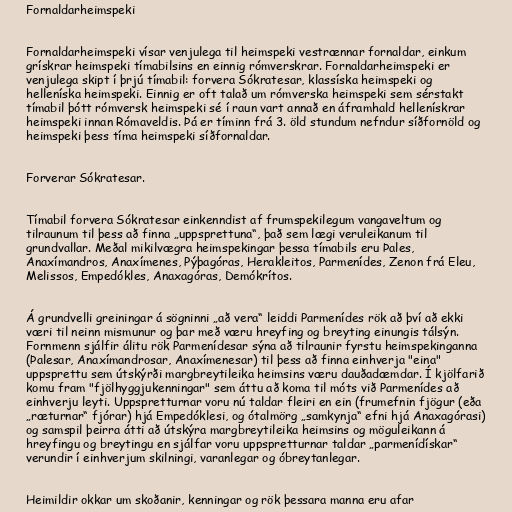
Fornaldarheimspeki

Fornaldarheimspeki vísar venjulega til heimspeki vestrænnar fornaldar, einkum
grískrar heimspeki tímabilsins en einnig rómverskrar. Fornaldarheimspeki er
venjulega skipt í þrjú tímabil: forvera Sókratesar, klassíska heimspeki og
helleníska heimspeki. Einnig er oft talað um rómverska heimspeki sem sérstakt
tímabil þótt rómversk heimspeki sé í raun vart annað en áframhald hellenískrar
heimspeki innan Rómaveldis. Þá er tíminn frá 3. öld stundum nefndur síðfornöld og
heimspeki þess tíma heimspeki síðfornaldar.

Forverar Sókratesar.

Tímabil forvera Sókratesar einkenndist af frumspekilegum vangaveltum og
tilraunum til þess að finna „uppsprettuna“, það sem lægi veruleikanum til
grundvallar. Meðal mikilvægra heimspekingar þessa tímabils eru Þales,
Anaxímandros, Anaxímenes, Pýþagóras, Herakleitos, Parmenídes, Zenon frá Eleu,
Melissos, Empedókles, Anaxagóras, Demókrítos.

Á grundvelli greiningar á sögninni „að vera“ leiddi Parmenídes rök að því að ekki
væri til neinn mismunur og þar með væru hreyfing og breyting einungis tálsýn.
Fornmenn sjálfir álitu rök Parmenídesar sýna að tilraunir fyrstu heimspekinganna
(Þalesar, Anaxímandrosar, Anaxímenesar) til þess að finna einhverja "eina"
uppsprettu sem útskýrði margbreytileika heimsins væru dauðadæmdar. Í kjölfarið
komu fram "fjölhyggjukenningar" sem áttu að koma til móts við Parmenídes að
einhverju leyti. Uppspretturnar voru nú taldar fleiri en ein (frumefnin fjögur (eða
„ræturnar“ fjórar) hjá Empedóklesi, og ótalmörg „samkynja“ efni hjá Anaxagórasi)
og samspil þeirra átti að útskýra margbreytileika heimsins og möguleikann á
hreyfingu og breytingu en sjálfar voru uppspretturnar taldar „parmenídískar“
verundir í einhverjum skilningi, varanlegar og óbreytanlegar.

Heimildir okkar um skoðanir, kenningar og rök þessara manna eru afar